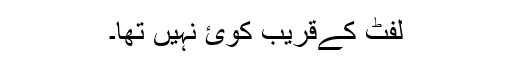
لفٹ کےقریب کوئ نہیں تھا۔